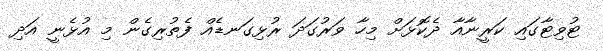
ޓުވިޓާގައި ކަރީނާއާ ދެކޮޅަށް މިހާ ވަރުގަދަ ރުޅިގަނޑެއް ފެތުރިގެން މި އުޅެނީ އަދި